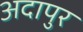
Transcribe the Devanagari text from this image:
अदापुर